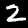
Label: 2